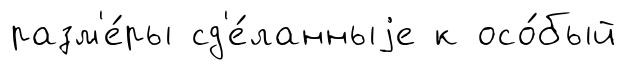
разм'е́ры сд'е́ланныjе к осо́бый